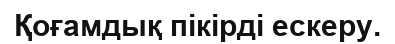
Қоғамдық пікірді ескеру.